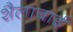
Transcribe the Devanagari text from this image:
शैलाबाई